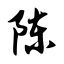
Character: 陈